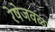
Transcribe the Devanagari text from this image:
रेषेजवळ